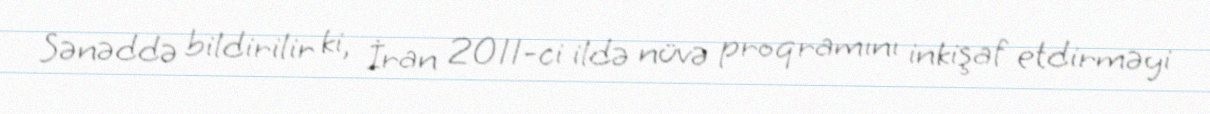
Sənəddə bildirilir ki, İran 2011-ci ildə nüvə proqramını inkişaf etdirməyi